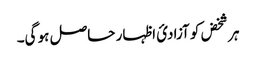
ہر شخض کو آزادئ اظہار حاصل ہو گی۔